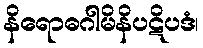
နိရောဓဂါမိနိပဋိပဒံ၊